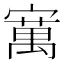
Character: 𫴆